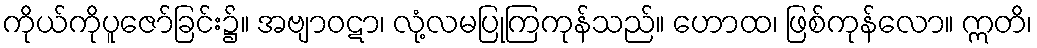
ကိုယ်ကိုပူဇော်ခြင်း၌။ အဗျာဝဋာ၊ လုံ့လမပြုကြကုန်သည်။ ဟောထ၊ ဖြစ်ကုန်လော။ ဣတိ၊